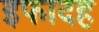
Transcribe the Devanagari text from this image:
इफादह